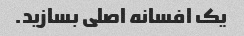
یک افسانه اصلی بسازید.